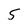
Character: 5